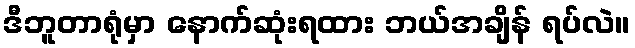
ဒီဘူတာရုံမှာ နောက်ဆုံးရထား ဘယ်အချိန် ရပ်လဲ။